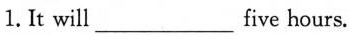
1. It will___five hours.